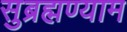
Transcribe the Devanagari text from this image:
सुब्रह्मण्याम